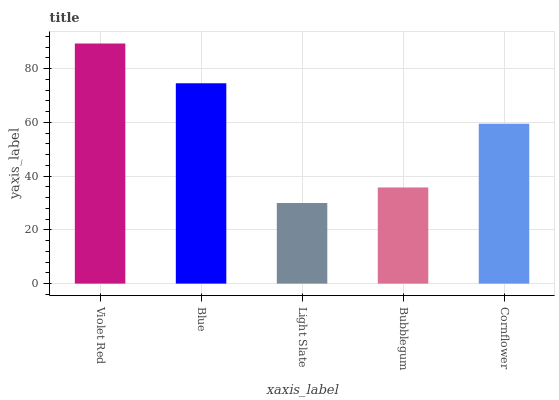
| xaxis_label | bars |
 | --- | --- |
 | Violet Red | 89.3 |
 | Blue | 74.5 |
 | Light Slate | 30 |
 | Bubblegum | 35.8 |
 | Cornflower | 59.5 |